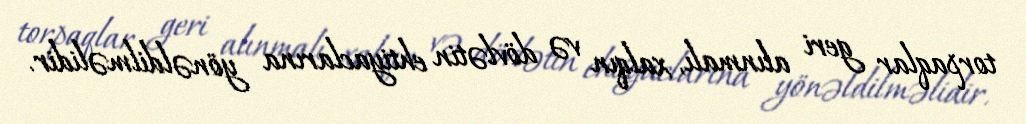
torpaqlar geri alınmalı, xalqın və dövlətin ehtiyaclarına yönəldilməlidir.